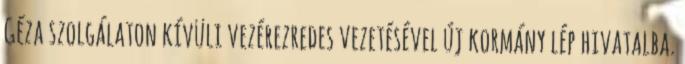
Géza szolgálaton kívüli vezérezredes vezetésével új kormány lép hivatalba.